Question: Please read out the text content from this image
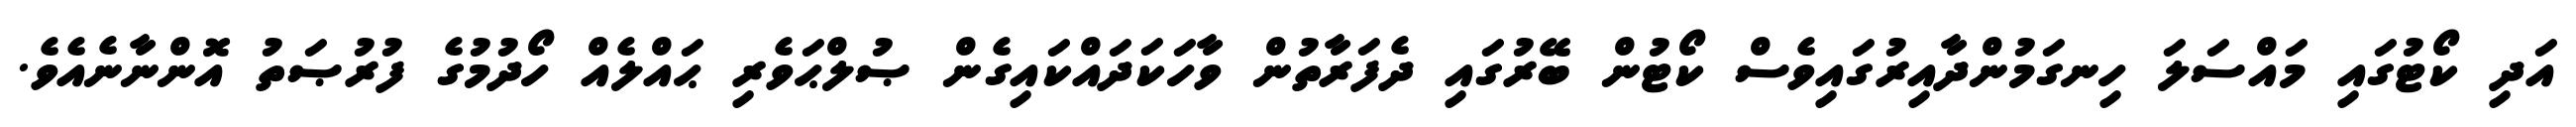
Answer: އަދި ކޯޓުގައި މައްސަލަ ހިނގަމުންދާއިރުގައިވެސް ކޯޓުން ބޭރުގައި ދެފަރާތުން ވާހަކަދައްކައިގެން ޞުލްޙަވެރި ޙައްލެއް ހޯދުމުގެ ފުރުޞަތު އޮންނާނެއެވެ.